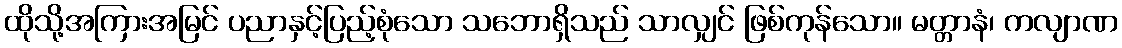
ထိုသို့အကြားအမြင် ပညာနှင့်ပြည့်စုံသော သဘောရှိသည် သာလျှင် ဖြစ်ကုန်သော။ မတ္တာနံ၊ ကလျာဏ